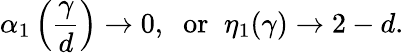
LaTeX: \alpha_{1}\left(\frac{\gamma}{d}\right)\rightarrow 0,\; \; \mathrm{or}\; \; \eta_{1}(\gamma)\rightarrow 2-d.